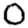
Digit: 0